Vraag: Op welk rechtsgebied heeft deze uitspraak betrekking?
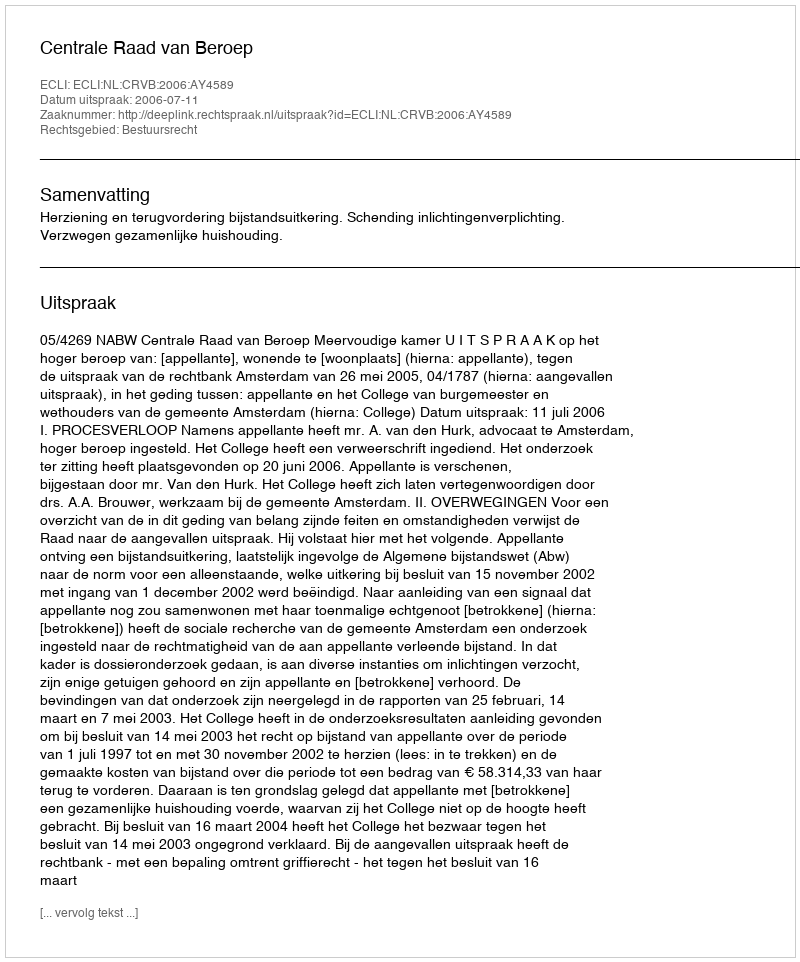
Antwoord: Bestuursrecht